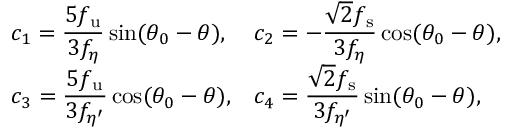
\begin{array} { l l } { { \displaystyle c _ { 1 } = \frac { 5 f _ { \mathrm { u } } } { 3 f _ { \eta } } \sin ( \theta _ { 0 } - \theta ) , } } & { { \displaystyle c _ { 2 } = - \frac { \sqrt { 2 } f _ { \mathrm { s } } } { 3 f _ { \eta } } \cos ( \theta _ { 0 } - \theta ) , } } \\ { { \displaystyle c _ { 3 } = \frac { 5 f _ { \mathrm { u } } } { 3 f _ { \eta ^ { \prime } } } \cos ( \theta _ { 0 } - \theta ) , } } & { { \displaystyle c _ { 4 } = \frac { \sqrt { 2 } f _ { \mathrm { s } } } { 3 f _ { \eta ^ { \prime } } } \sin ( \theta _ { 0 } - \theta ) , } } \end{array}